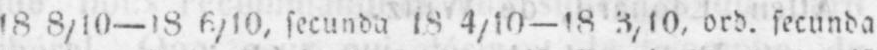
18 8/10-18 6/10, secunda 18 4/10- 18 3/10, ord. secunda